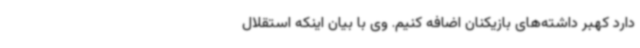
دارد کهبر داشته‌های بازیکنان اضافه کنیم. وی با بیان اینکه استقلال